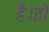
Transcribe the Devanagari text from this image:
है।तो